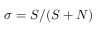
\sigma = S / ( S + N )